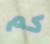
كم